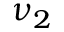
\nu _ { 2 }